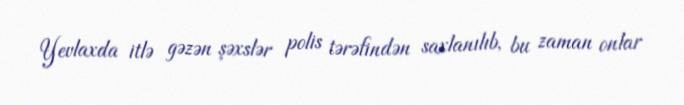
Yevlaxda itlə gəzən şəxslər polis tərəfindən saxlanılıb, bu zaman onlar